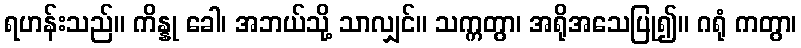
ရဟန်းသည်။ ကိန္နု ခေါ၊ အဘယ်သို့ သာလျှင်။ သက္ကတွာ၊ အရိုအသေပြု၍။ ဂရုံ ကတွာ၊